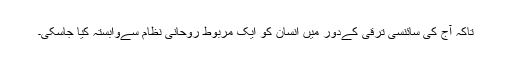
تاکہ آج کی سائنسی ترقی کےدور میں انسان کو ایک مربوط روحانی نظام سےوابستہ کیا جاسکی۔